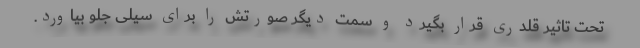
تحت تاثیر قلدری قرار بگیرد و سمت دیگر صورتش را برای سیلی جلو بیاورد.